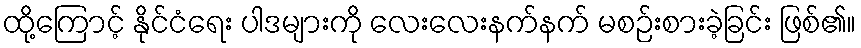
ထို့ကြောင့် နိုင်ငံရေး ပါဒများကို လေးလေးနက်နက် မစဉ်းစားခဲ့ခြင်း ဖြစ်၏။